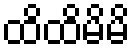
ထိထိမိမိ